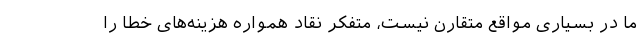
ما در بسیاری مواقع متقارن نیست، متفکر نقاد همواره هزینه‌های خطا را